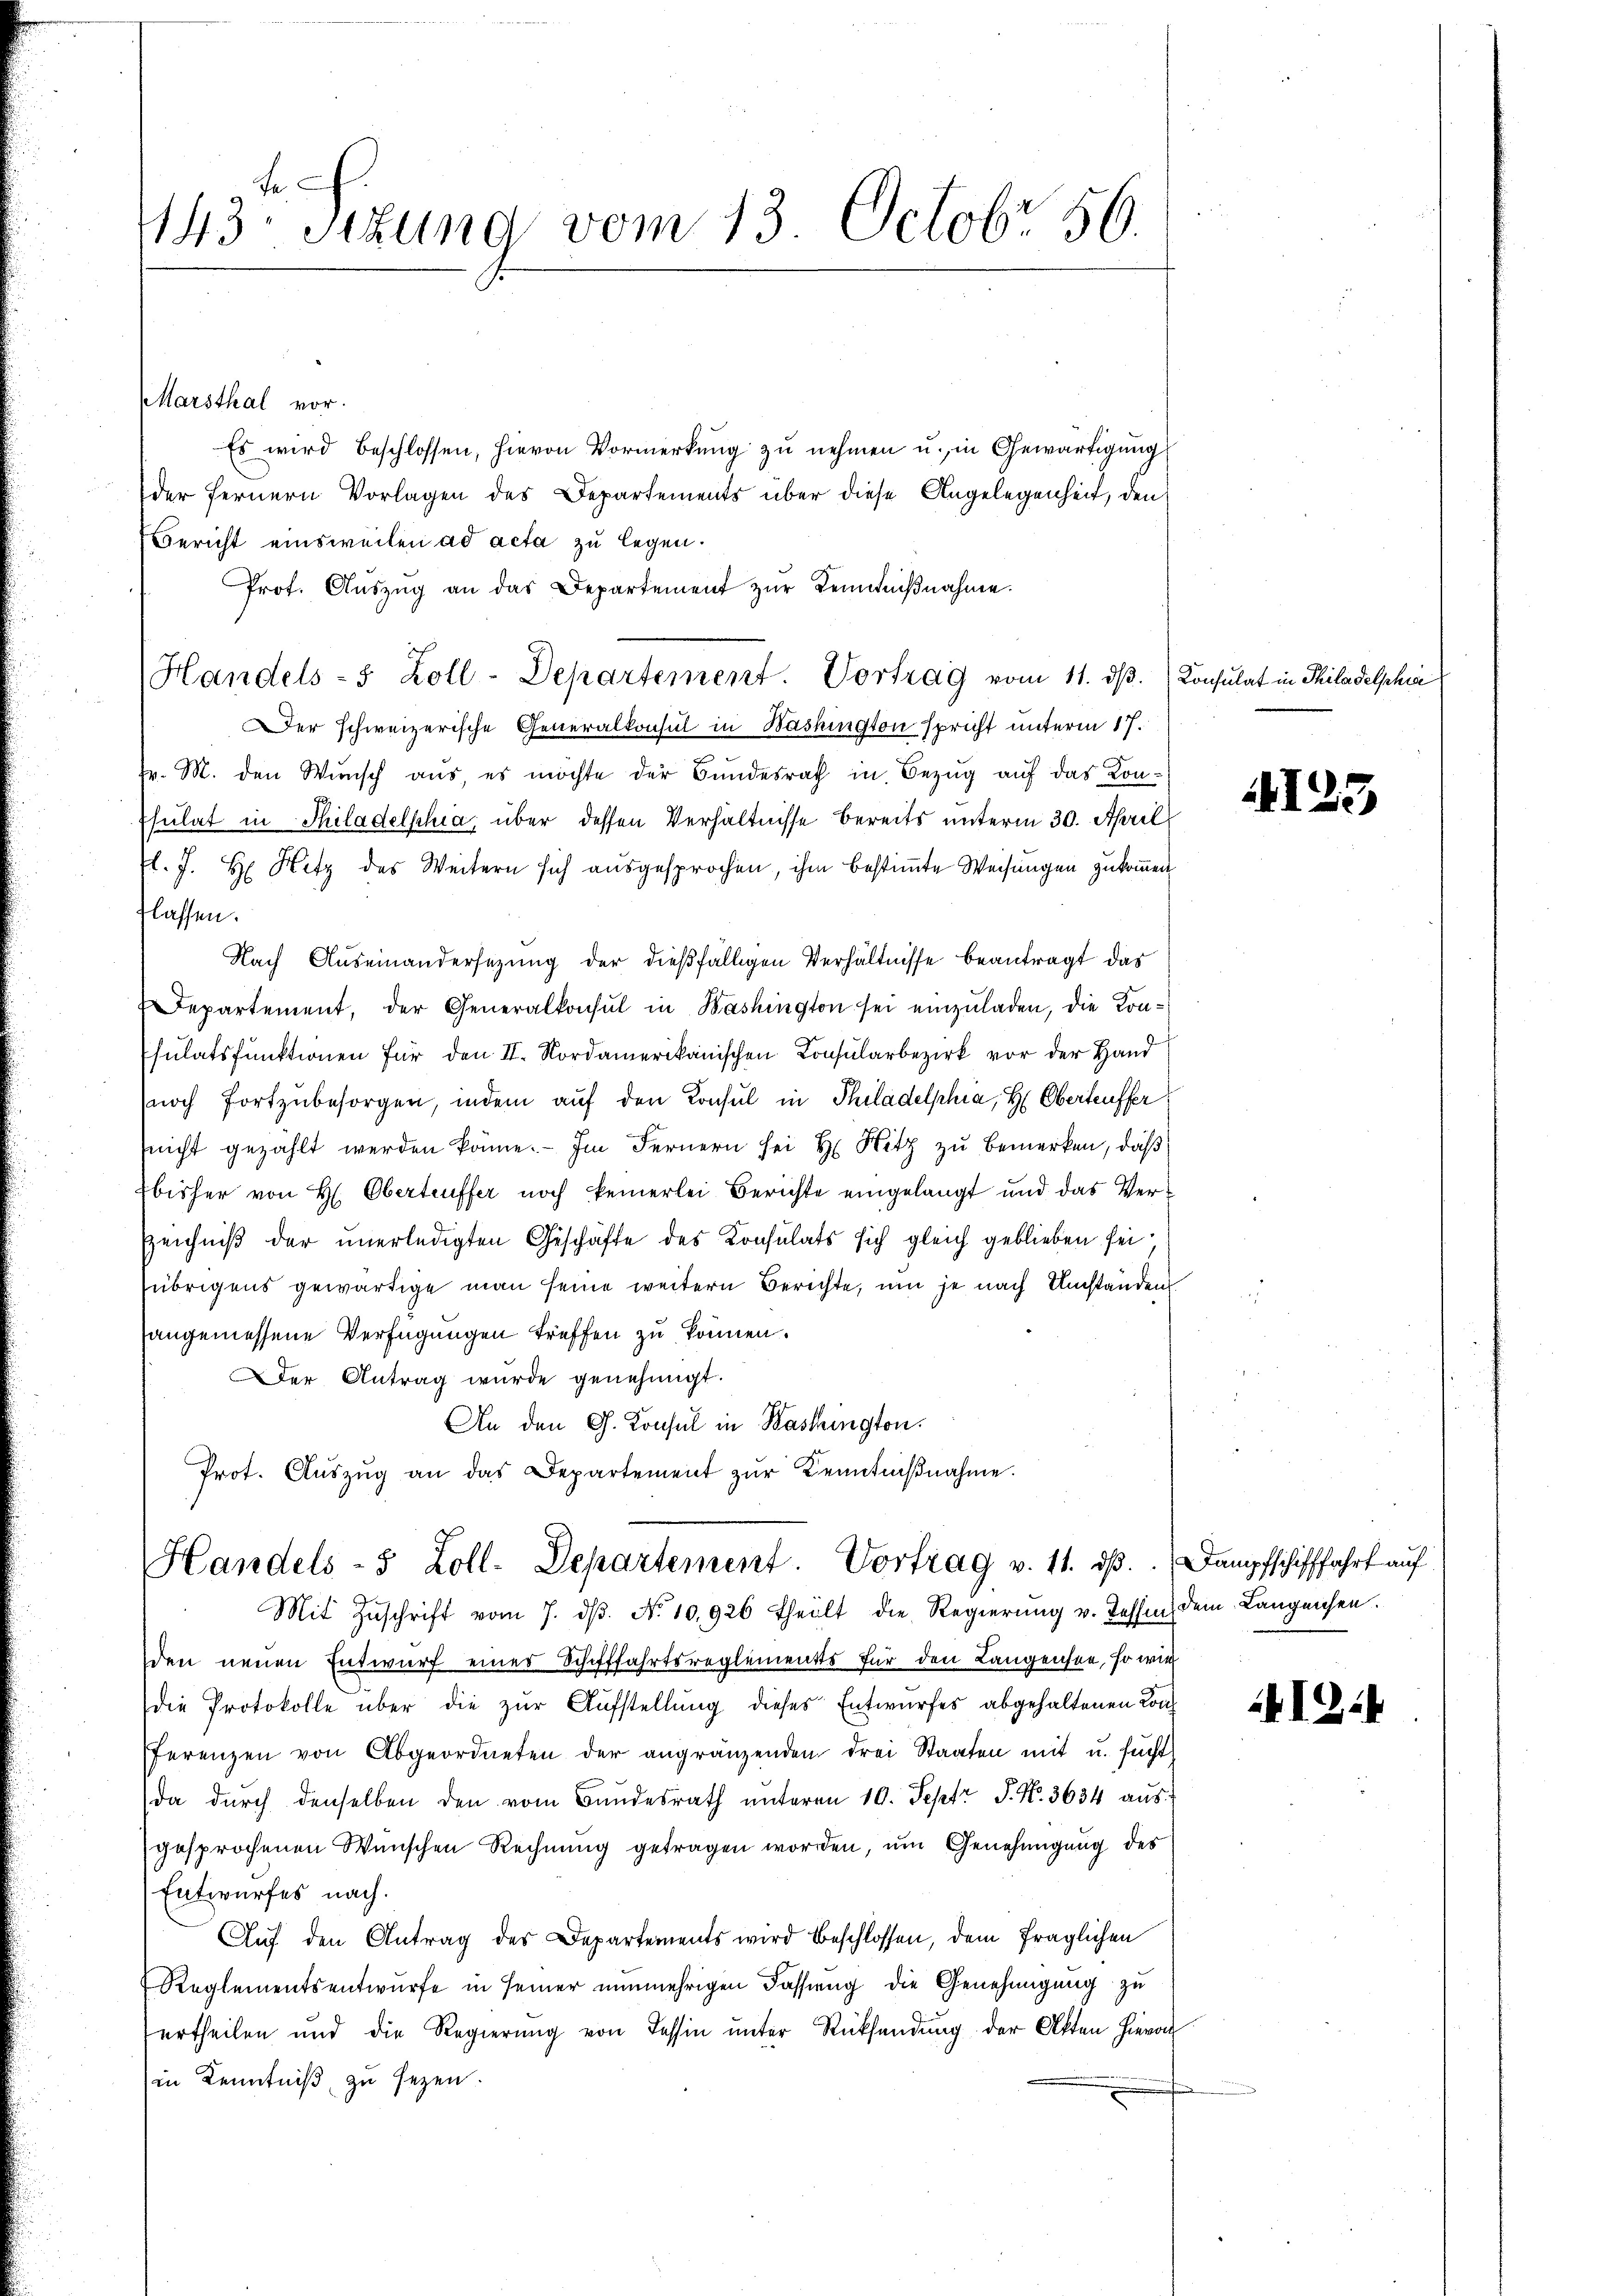
143 sizung vom 13. Octobr 56.

Marsthal vor.
Es wird beschlossen, hievon Vormerkung zu nehmen u. in Gewärtigung
der fernern Vorlagen des Departements über diese Angelegenheit, den
Bericht einsweilen ad acta zu legen.
Prot. Aŭszŭg an das Departement zŭr Kenntniβnahme.
Handels- 5 Zoll-Departement. Vortrag vom 11. dβ. Konsulat in Philadelphia
er schweizerische Generalkonsul in Washington spricht unterm 17.
.
hr. M. den Wunsch aus, es möchte der Bundesrath in Bezug auf das Kon¬
Esulat in Philadelphia über dessen Verhältnisse bereits unterm 30. April
l. J. H. Hitz des Weitern sich ausgesprochen, ihm bestimte Weisungen zukommen
lassen.
Nach Auseinandersezung der dießfälligen Verhältnisse beantragt das
Departement, der Generalkonsul in Bashington sei einzuladen, die Konsulatsfunktionen für den II. Nordamerikanischen Consularbezirk vor der Hand
noch fortzŭbesorgen, indem auf den Konsul in Philadelphia, H: Oberteuffer
(nicht gezahlt werden könne. Im Fernern sei Hr. Hitz zu bemerken, daß
bisher von H. Obertreffer noch keinerlei Berichte eingelangt und das Ver¬
Zeichniß der unerledigten Geschäfte des Konsulats sich gleich geblieben seiübrigens gewärtige man seine weitern Berichte, um je nach Umständen
angemessene Verfügungen treffen zu können.
Der Antrag wurde genehmigt.
An den G. Konsul in Washington.
Prot. Aŭszŭg an das Departement zŭr Kenntniβnahme.

Handels- 5 Zoll-Departement. Vortrag v. 11. dβ.
Mit Zŭschrift vom 7. dβ. No. 10,926 theilt die Regierŭng v. Tessin dem Langehen.

den neuen Entwurf einer Schifffahrtsreglements für den Langensee, so wie
die Protokolle über die zur Aufstellung dieses Entwurfes abgehaltenen Konferenzen von Abgeordneten der angränzenden drei Staaten mit u. sucht
da durch denselben den vom Bundesrath unteren 10. Sept. P. Nr. 3634 ausgesprochenen Wünschen Rechnung getragen worden, um Genehmigung des
Entwurfes nach.
Auf den Antrag des Departements wird beschlossen, dem fraglichen
Reglementsentwurfe in seiner nunmehrigen Fassung die Genehmigung zu
ertheilen und die Regierung von Tessin unter Rücksendung der Akten hievon
(in Kenntniß zu sezen.

4125

Dampfschifffahrt auf

41:4